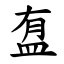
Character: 䀁